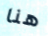
هنا